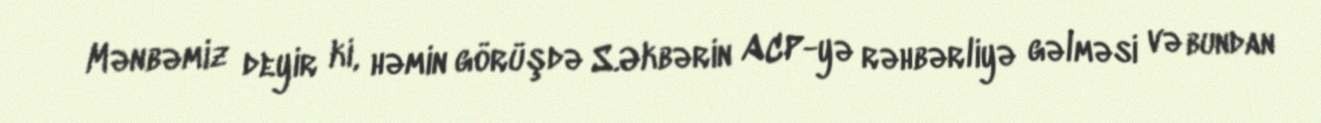
Mənbəmiz deyir ki, həmin görüşdə S.Əkbərin ACP-yə rəhbərliyə gəlməsi və bundan